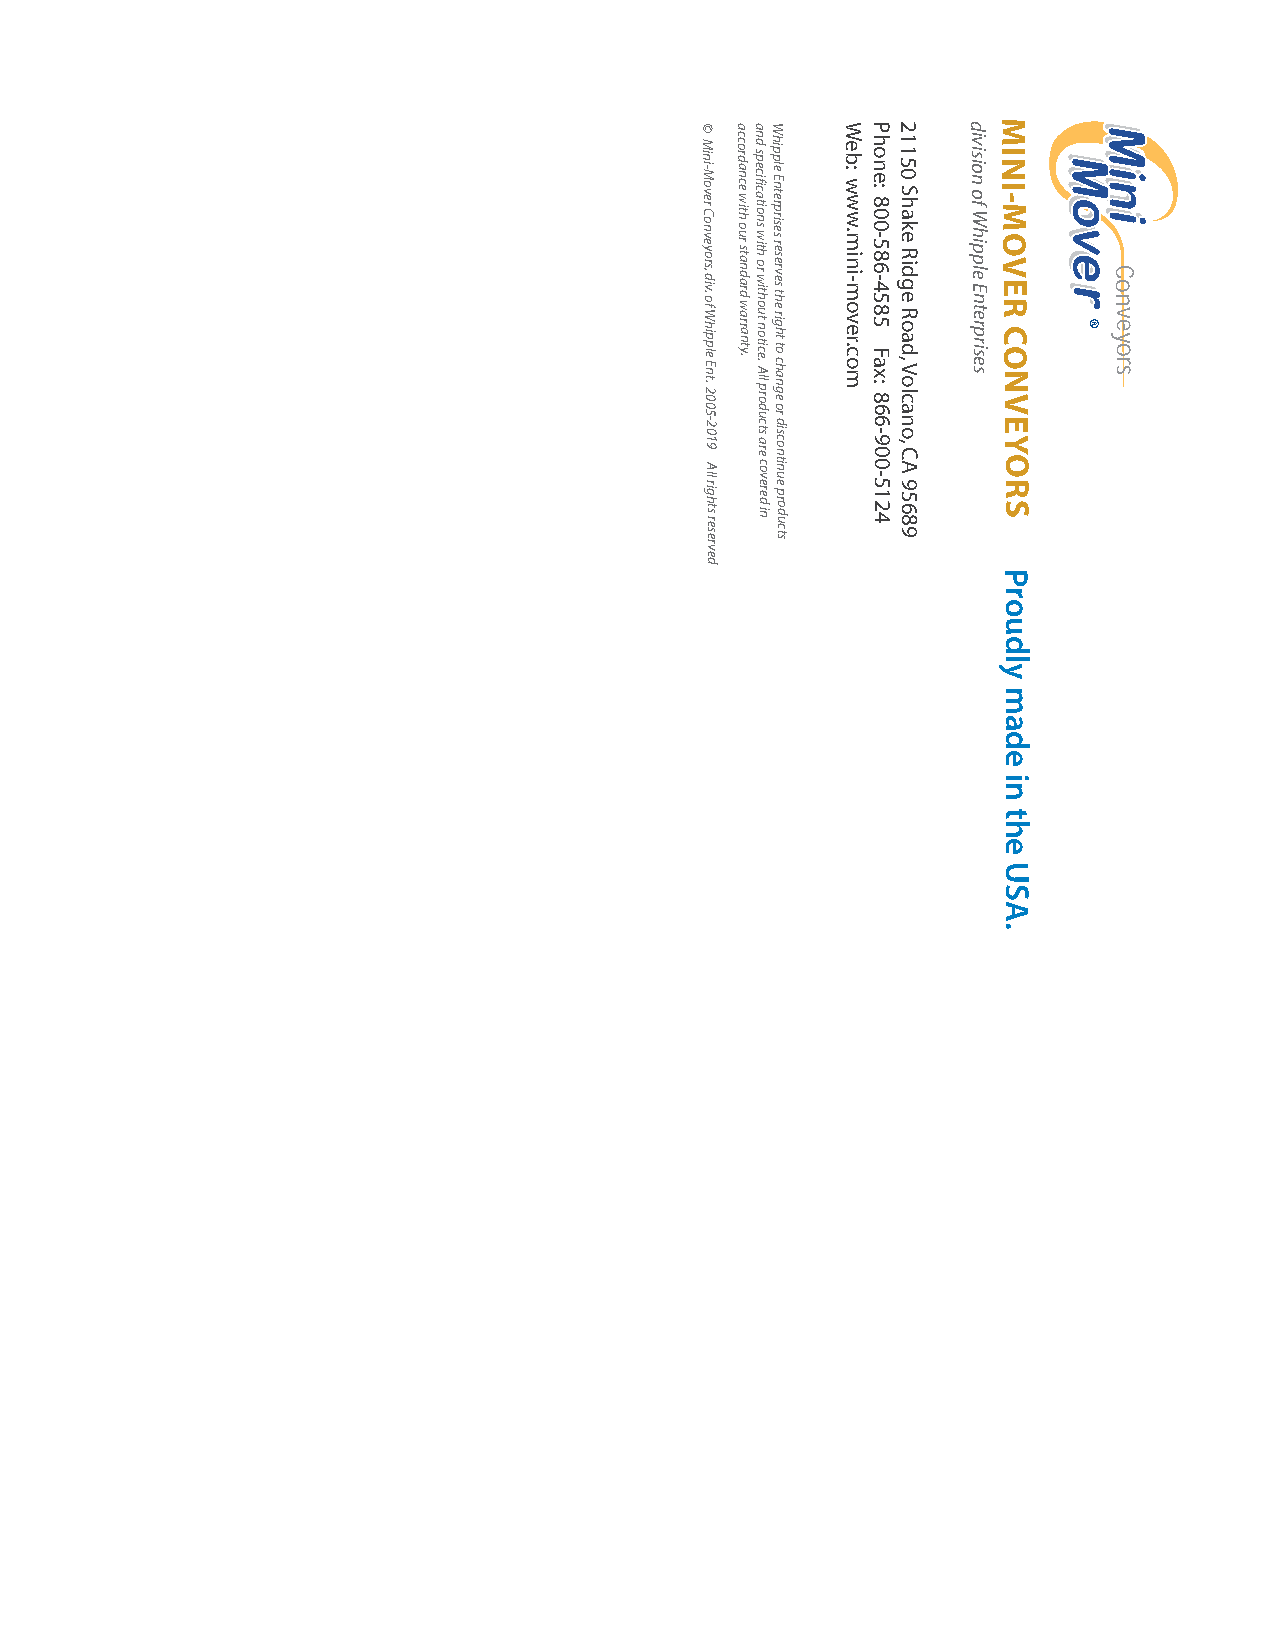
©  aaW    WP2     d M
 M in i-M o v e r C o n v e y o rs, d iv. o f W h ip p le
 E n t. 2 0
 0 5 -2
 0
 1 9
 A
 ll rig h ts
 re
 se
 rv
 cco rd a n ce w ith o u r sta n d a rd w a rra n ty.n d sp e cifica tio n s w ith o r w ith o u t n o tice
 . A ll p ro
 d u c
 ts
 a re
 co
 v e re d in
 h ip p le E n te rp rise s re se rv e s th e rig h t to
 ch a n g e
 o r d
 isco
 n
 tin
 u e p ro d
 u
 c ts
 e b : w w w .m in i- m o v e r .c
 o
 mh o n e : 8 0 0 - 5 8 6 - 4 5 8 5 F
 a x : 8
 6 6
 -
 9 0
 0
 - 5 1 2
 41 1 5 0 S h a k e R id g e R o a d
 , V o lc
 a n
 o
 , C
 A
 9 5 6
 8
 9
 iv is io n o f W h ip p le E n t e r p r is
 e
 sI N I - M O V E R C O
 N V
 E
 Y
 O
 R S
 ® CC oo nn vv ee yy oo
 rr ss
 e
 d
 P
 r
 o
 u
 d
 l
 y
 m
 a
 d
 e
 i
 n
 t
 h
 e
 U
 S
 A
 .